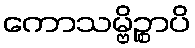
ကောသမ္ဗိဉ္စာပိ